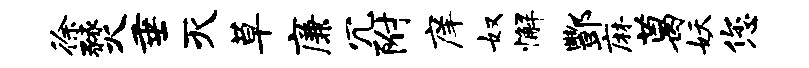
徐燹垂灭草廉冗附庠奴懈酆麻葛妖您